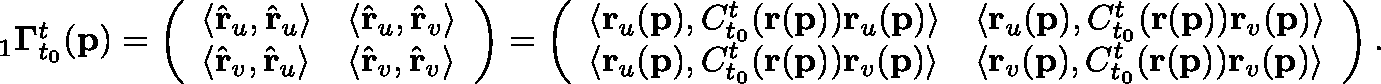
\begin{array} { r } { _ { 1 } \mathbf { \Gamma } _ { t _ { 0 } } ^ { t } ( \mathbf { p } ) = \left( \begin{array} { l l } { \langle \hat { \mathbf { r } } _ { u } , \hat { \mathbf { r } } _ { u } \rangle } & { \langle \hat { \mathbf { r } } _ { u } , \hat { \mathbf { r } } _ { v } \rangle } \\ { \langle \hat { \mathbf { r } } _ { v } , \hat { \mathbf { r } } _ { u } \rangle } & { \langle \hat { \mathbf { r } } _ { v } , \hat { \mathbf { r } } _ { v } \rangle } \end{array} \right) = \left( \begin{array} { l l } { \langle \mathbf { r } _ { u } ( \mathbf { p } ) , C _ { t _ { 0 } } ^ { t } ( \mathbf { r } ( \mathbf { p } ) ) \mathbf { r } _ { u } ( \mathbf { p } ) \rangle } & { \langle \mathbf { r } _ { u } ( \mathbf { p } ) , C _ { t _ { 0 } } ^ { t } ( \mathbf { r } ( \mathbf { p } ) ) \mathbf { r } _ { v } ( \mathbf { p } ) \rangle } \\ { \langle \mathbf { r } _ { u } ( \mathbf { p } ) , C _ { t _ { 0 } } ^ { t } ( \mathbf { r } ( \mathbf { p } ) ) \mathbf { r } _ { v } ( \mathbf { p } ) \rangle } & { \langle \mathbf { r } _ { v } ( \mathbf { p } ) , C _ { t _ { 0 } } ^ { t } ( \mathbf { r } ( \mathbf { p } ) ) \mathbf { r } _ { v } ( \mathbf { p } ) \rangle } \end{array} \right) . } \end{array}